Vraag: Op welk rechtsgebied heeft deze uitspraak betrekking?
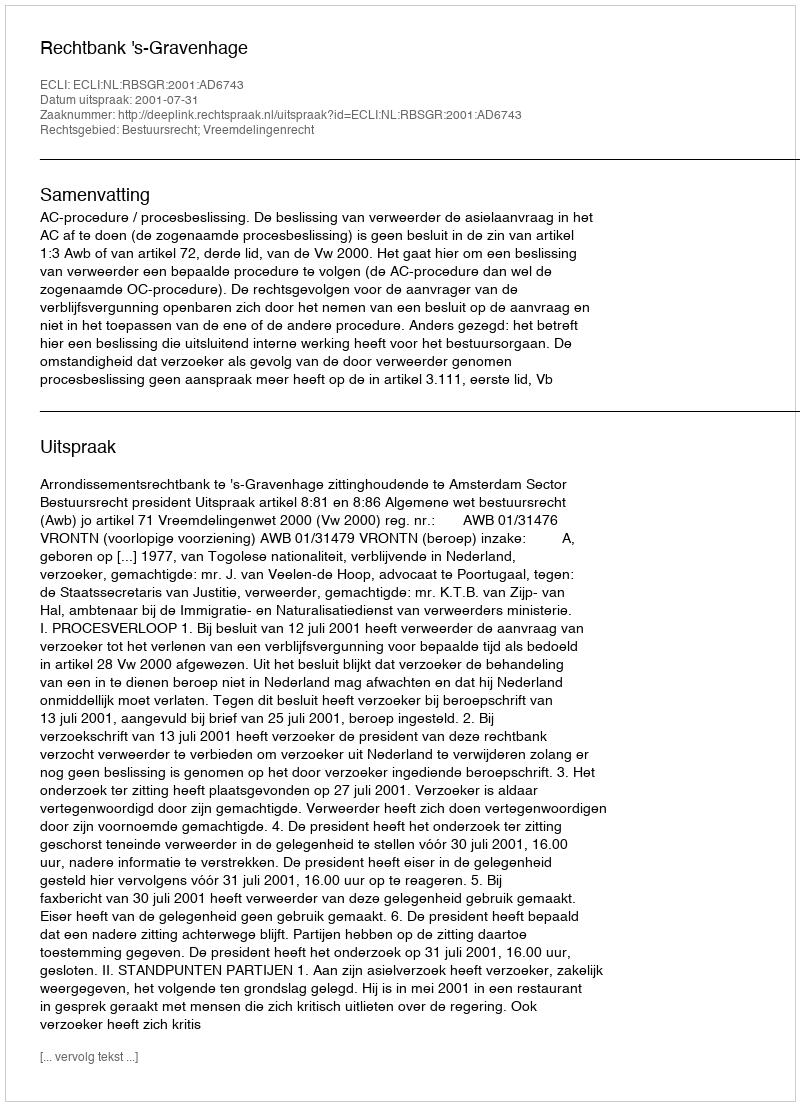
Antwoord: Bestuursrecht; Vreemdelingenrecht